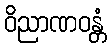
ဝိညာဏဝန္တံ